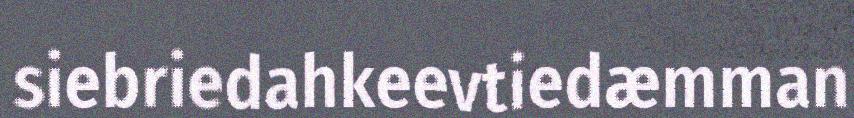
siebriedahkeevtiedæmman